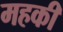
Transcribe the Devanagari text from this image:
महकी